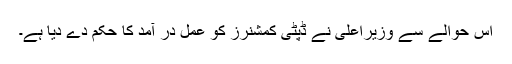
اس حوالے سے وزیراعلی نے ڈپٹی کمشنرز کو عمل در آمد کا حکم دے دیا ہے۔